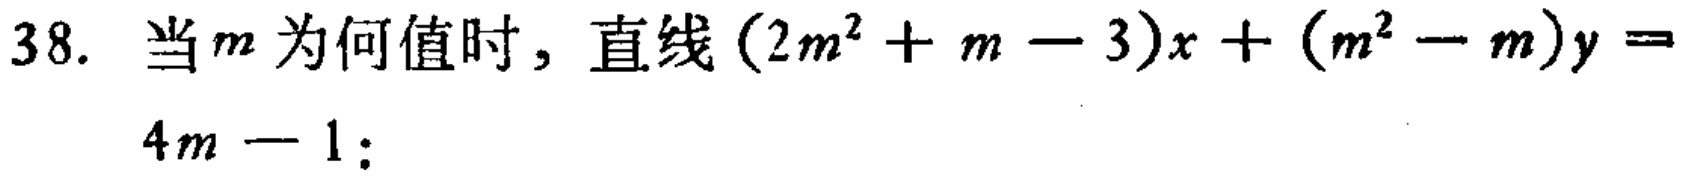
38. 当\(m\)为何值时，直线\((2m^{2}+m - 3)x+(m^{2}-m)y = 4m - 1\)：